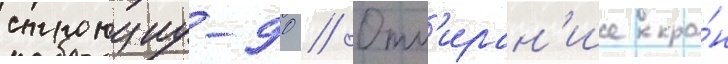
стронциу-90 // Отм'иран'ие кро́н